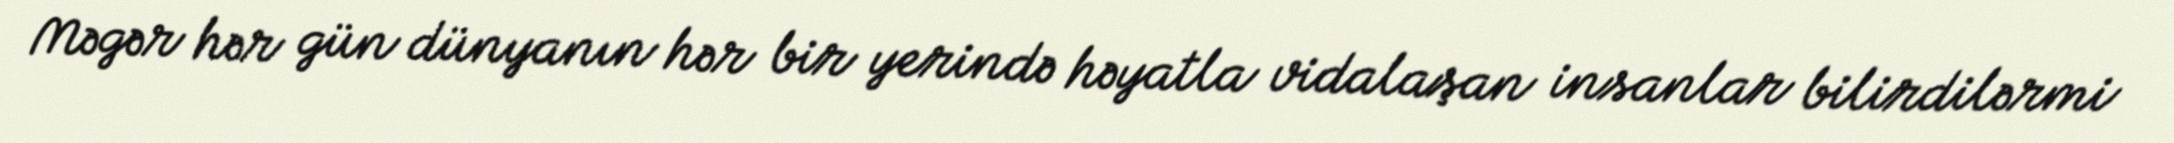
Məgər hər gün dünyanın hər bir yerində həyatla vidalaşan insanlar bilirdilərmi